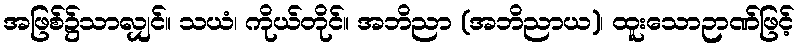
အဖြစ်၌သာလျှင်။ သယံ၊ ကိုယ်တိုင်။ အဘိညာ (အဘိညာယ)၊ ထူးသောဉာဏ်ဖြင့်